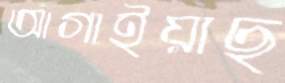
আগাইয়াছ